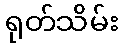
ရုတ်သိမ်း